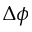
\Delta \phi